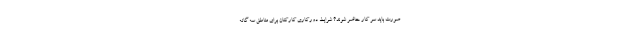
صورت باید سر کار حاضر شوند؟ شرایط دورکاری کارکنان برای مناطق سه گانه